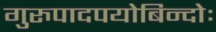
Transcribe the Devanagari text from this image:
गुरुपादपयोबिन्दोः